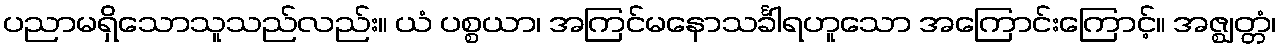
ပညာမရှိသောသူသည်လည်း။ ယံ ပစ္စယာ၊ အကြင်မနောသင်္ခါရဟူသော အကြောင်းကြောင့်။ အဇ္ဈတ္တံ၊